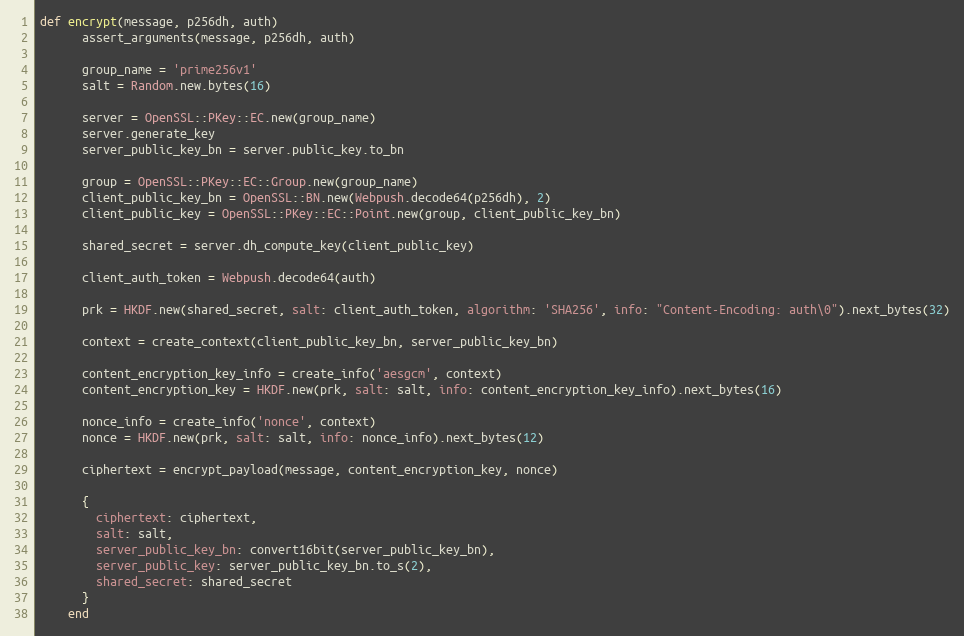
Language: Ruby
def encrypt(message, p256dh, auth)
      assert_arguments(message, p256dh, auth)

      group_name = 'prime256v1'
      salt = Random.new.bytes(16)

      server = OpenSSL::PKey::EC.new(group_name)
      server.generate_key
      server_public_key_bn = server.public_key.to_bn

      group = OpenSSL::PKey::EC::Group.new(group_name)
      client_public_key_bn = OpenSSL::BN.new(Webpush.decode64(p256dh), 2)
      client_public_key = OpenSSL::PKey::EC::Point.new(group, client_public_key_bn)

      shared_secret = server.dh_compute_key(client_public_key)

      client_auth_token = Webpush.decode64(auth)

      prk = HKDF.new(shared_secret, salt: client_auth_token, algorithm: 'SHA256', info: "Content-Encoding: auth\0").next_bytes(32)

      context = create_context(client_public_key_bn, server_public_key_bn)

      content_encryption_key_info = create_info('aesgcm', context)
      content_encryption_key = HKDF.new(prk, salt: salt, info: content_encryption_key_info).next_bytes(16)

      nonce_info = create_info('nonce', context)
      nonce = HKDF.new(prk, salt: salt, info: nonce_info).next_bytes(12)

      ciphertext = encrypt_payload(message, content_encryption_key, nonce)

      {
        ciphertext: ciphertext,
        salt: salt,
        server_public_key_bn: convert16bit(server_public_key_bn),
        server_public_key: server_public_key_bn.to_s(2),
        shared_secret: shared_secret
      }
    end